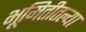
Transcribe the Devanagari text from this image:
भूमितीतल्या